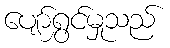
ပျော်ရွှင်မှုသည်